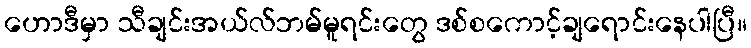
ဟောဒီမှာ သီချင်းအယ်လ်ဘမ်မူရင်းတွေ ဒစ်စကောင့်ချရောင်းနေပါပြီ။